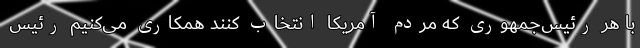
با هر رئیس‌جمهوری که مردم آمریکا انتخاب کنند همکاری می‌کنیم رئیس‌